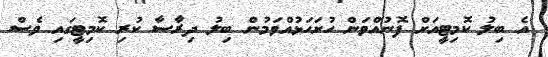
އެ ބިލު ކޮމިޓީއަށް ފޮނުއްވަން ހުށަހަޅުއްވަމުން ބިލު ދިރާސާ ކުރި ކޮމިޓީގައި ވެސް